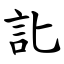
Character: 䚰